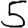
Digit: 5